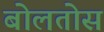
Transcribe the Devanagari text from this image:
बोलतोस